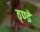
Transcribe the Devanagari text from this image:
ठ्ण्डे